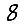
Digit: 8